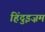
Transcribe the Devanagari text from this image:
हिंदुइज़म